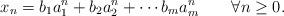
LaTeX: \begin{align*}x_n=b_1a_1^n+b_2a_2^n+\cdots b_ma_m^n\qquad\forall n\geq 0.\end{align*}